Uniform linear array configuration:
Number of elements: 8
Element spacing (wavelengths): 0.75
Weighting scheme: hamming
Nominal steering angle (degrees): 30
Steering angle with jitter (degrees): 28.597
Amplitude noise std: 0.05
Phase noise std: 0.05

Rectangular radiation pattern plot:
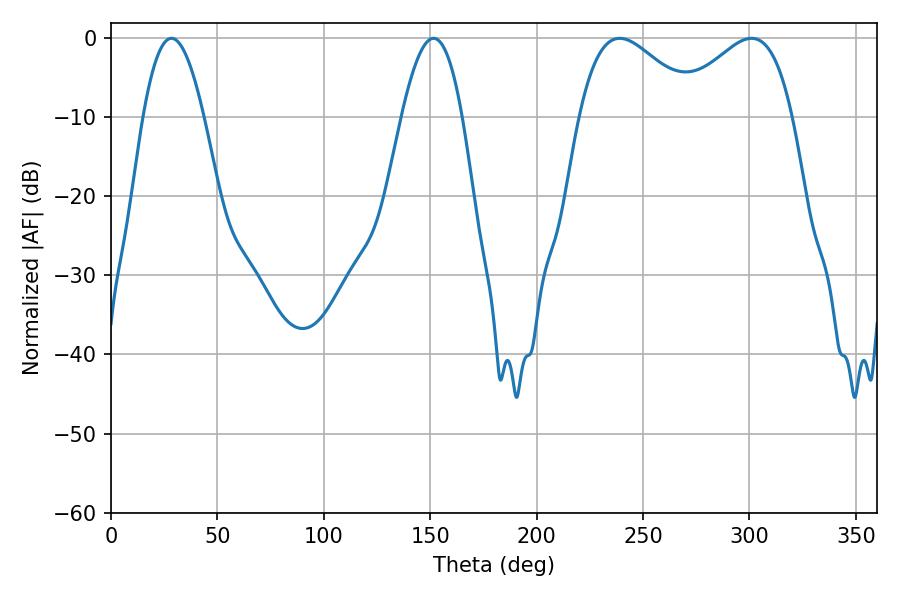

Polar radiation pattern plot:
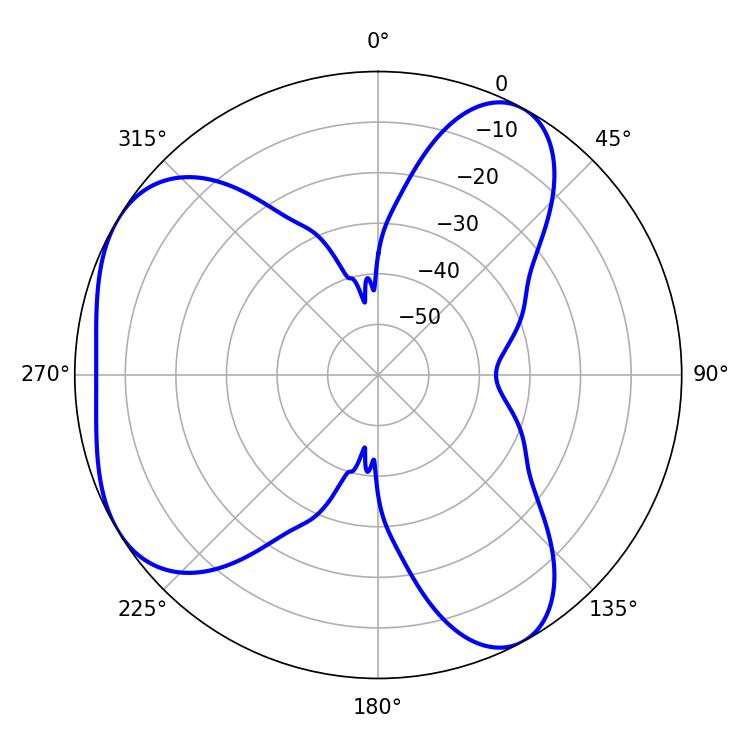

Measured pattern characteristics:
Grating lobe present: TRUE
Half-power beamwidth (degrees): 30.06
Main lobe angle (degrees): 239.04